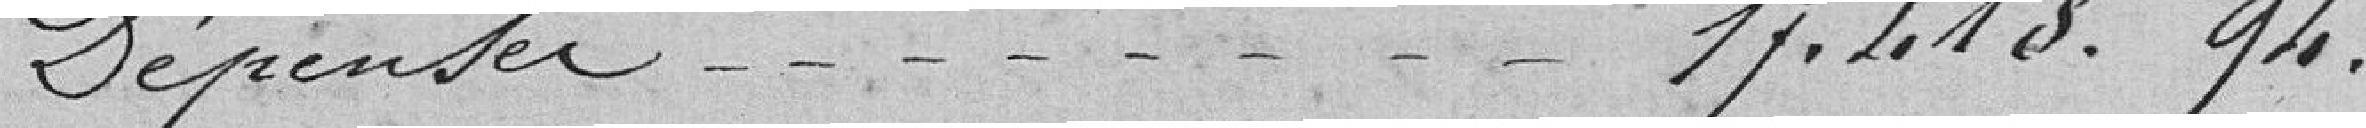
Dépenses........................      17.413,94